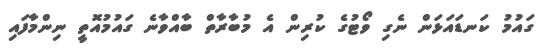
ގައުމު ކަނޑައަޅަން ނެގި ވޯޓުގެ ކުރިން އެ މުބާރާތް ބާއްވާނެ ގައުމުއޮތީ ނިންމާފައި